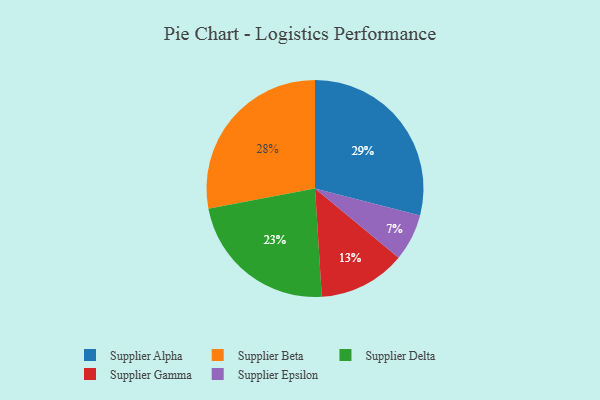
{"axis": {"x": "Category", "y": "Percentage"}, "legend": ["Supplier Alpha", "Supplier Beta", "Supplier Delta", "Supplier Epsilon", "Supplier Gamma"], "data": [{"x": "Supplier Gamma", "y": 13, "type": "Supplier Gamma"}, {"x": "Supplier Alpha", "y": 29, "type": "Supplier Alpha"}, {"x": "Supplier Epsilon", "y": 7, "type": "Supplier Epsilon"}, {"x": "Supplier Delta", "y": 23, "type": "Supplier Delta"}, {"x": "Supplier Beta", "y": 28, "type": "Supplier Beta"}]}